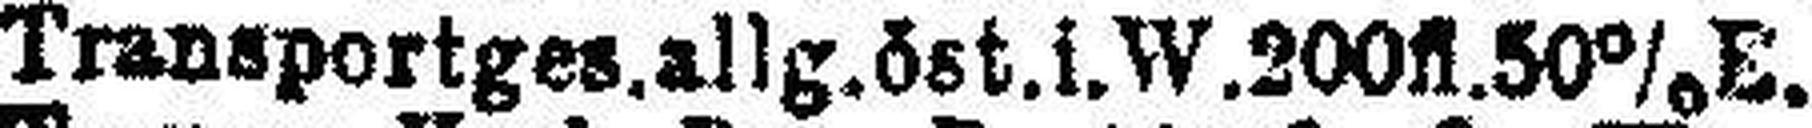
Transportges.allg.öst.i.W.200fl.50%E.